Report of an investigation into the causes of the diseases known in Assam as Kála-Azár and Beri-Beri
Disease focus: Beri-Beri
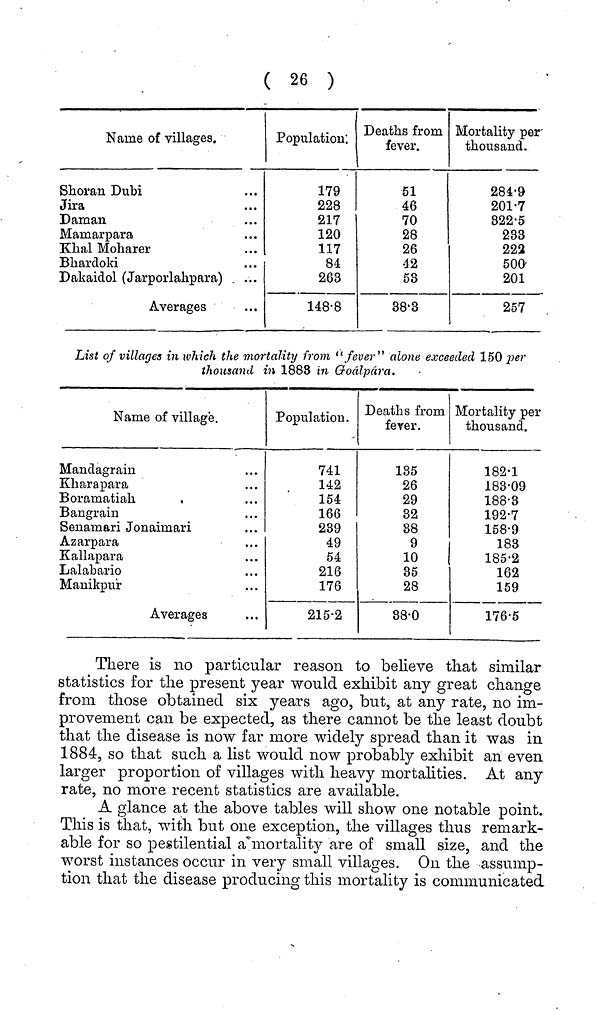
( 26 )
Name of villages.
Slioran Dubi
Jira
Daman
Marnarpara
Khal Moharer
Bhardoki
Dakaidol (Jarporlahpara)
Averages
Population.
179
228
217
120
117
84
263
148·8
Deaths from
fever.
51
46
70
28
26
42
58
38·3
Mortality per
thousand.
284·9
201·7
822·5
233
222
500
201
257
List of villages in which the mortality from "fever' 1 alone exceeded 150 per
thousand in 1883 in Goálpára.
Name of village.
Mandagrain
Kharapara
Boramatiah
Bangrain
Senamari Jonaimari
Azarpara
Kallapara
Lalabario
Manikpur
Averages
Population.
741
142
154
166
239
49
54
216
176
215·2
Deaths from
fever.
135
26
29
32
88
9
10
35
28
38·0
Mortality per
thousand.
182·1
183·09
188·3
192·7
158·9
183
185·2
162
159
176·5
There is no particular reason to believe that similar
statistics for the present year would exhibit any great change
from those obtained six years ago, but, at any rate, no im-
provement can be expected, as there cannot be the least doubt
that the disease is now far more widely spread than it was in
1884, so that such a list would now probably exhibit an even
larger proportion of villages with heavy mortalities. At any
rate, no more recent statistics are available.
A glance at the above tables will show one notable point.
This is that, with but one exception, the villages thus remark-
able for so pestilential a mortality are of small size, and the
worst instances occur in very small villages. On the assump-
tion that the disease producing this mortality is communicated